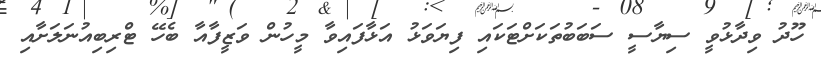
ހޫދު ވިދާޅުވީ ސިޔާސީ ސަބަބުތަކަށްޓަކައި ފިޔަވަޅު އަޅާފައިވާ މީހުން ވަޒީފާއާ ބެހޭ ޓްރިބިއުނަލަށާއި